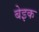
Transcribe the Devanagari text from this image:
बेइक